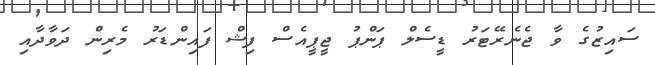
ސައިޒުގެ ވާ ޖެނެރޭޓަރު ޑީސެލް ޕަންޕު ޖީޕީއެސް ފިޝް ފައިންޑަރު މެރިން ދަވާދާއި